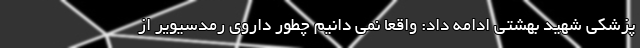
پزشکی شهید بهشتی ادامه داد: واقعا نمی دانیم چطور داروی رمدسیویر از